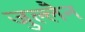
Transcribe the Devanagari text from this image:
जुल्लैन